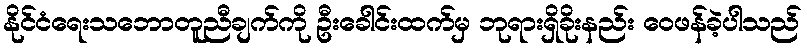
နိုင်ငံရေးသဘောတူညီချက်ကို ဦးခေါင်းထက်မှ ဘုရားရှိခိုးနည်း ဝေဖန်ခဲ့ပါသည်